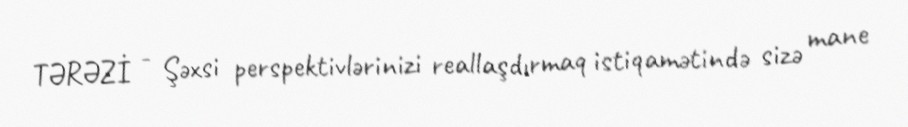
TƏRƏZİ - Şəxsi perspektivlərinizi reallaşdırmaq istiqamətində sizə mane